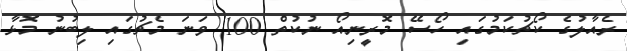
ރެއާލުގެ ކޯޗުކަމުގައި ހޯސޭ މޮރީނިއޯ ނުކުތް 100 ވަނަ މެޗުގައި ލިބުނު މޮޅާ